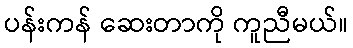
ပန်းကန် ဆေးတာကို ကူညီမယ်။